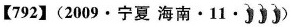
【792】(2009·宁夏海南·11· )